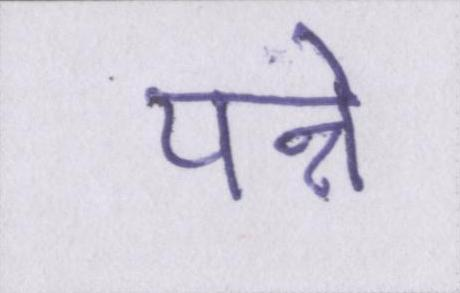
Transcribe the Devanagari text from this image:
पन्ने